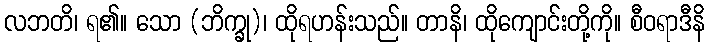
လဘတိ၊ ရ၏။ သော (ဘိက္ခု)၊ ထိုရဟန်းသည်။ တာနိ၊ ထိုကျောင်းတို့ကို။ စီဝရာဒီနိ